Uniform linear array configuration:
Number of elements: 24
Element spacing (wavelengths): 1
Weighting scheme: hann
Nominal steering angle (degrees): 15
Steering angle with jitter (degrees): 16.755
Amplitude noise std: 0.05
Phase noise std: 0.05

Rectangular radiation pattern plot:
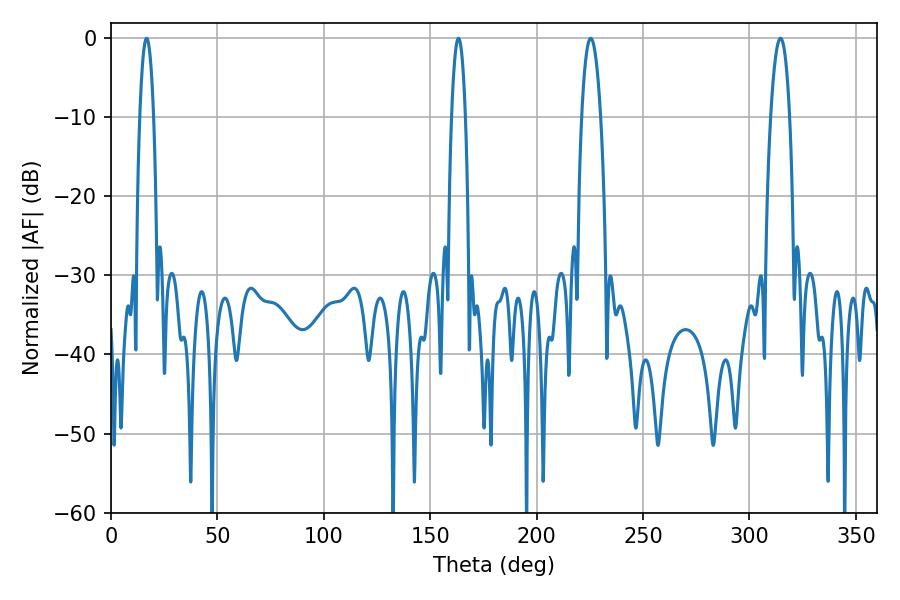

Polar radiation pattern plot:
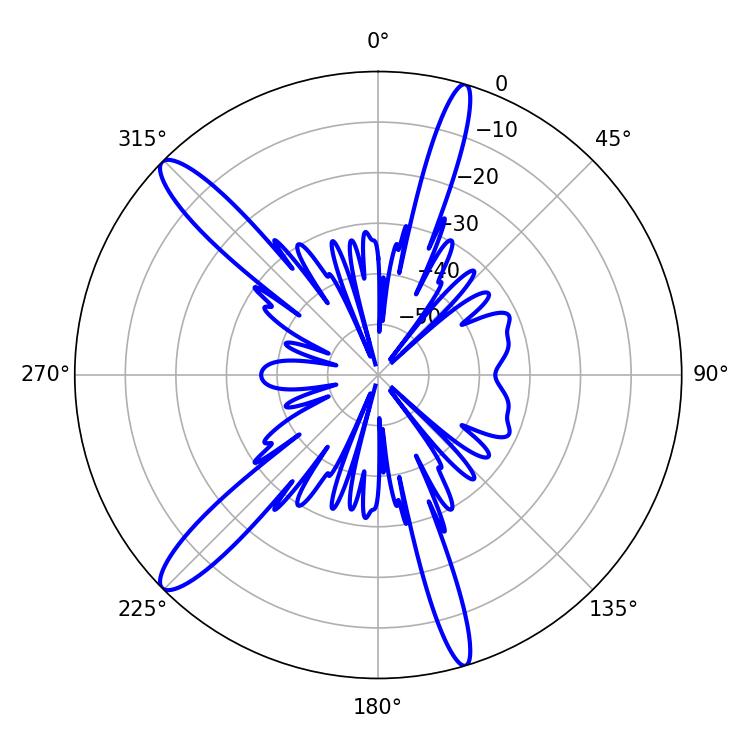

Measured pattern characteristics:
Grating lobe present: TRUE
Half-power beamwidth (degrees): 3.6
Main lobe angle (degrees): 16.74